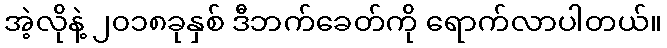
အဲ့လိုနဲ့ ၂၀၁၈ခုနှစ် ဒီဘက်ခေတ်ကို ရောက်လာပါတယ်။